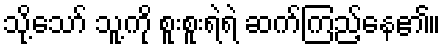
သို့သော် သူ့ကို စူးစူးရဲရဲ ဆက်ကြည့်နေ၏။